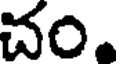
చం.